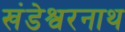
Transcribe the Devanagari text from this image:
खंडेश्वरनाथ